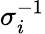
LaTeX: \sigma_{i}^{-1}